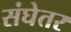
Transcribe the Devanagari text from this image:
संघेतर